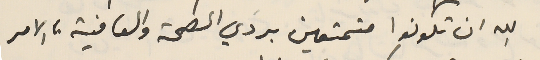
الله ان تكونوا متمتعين بردَي الصحة والعافية ، الامر